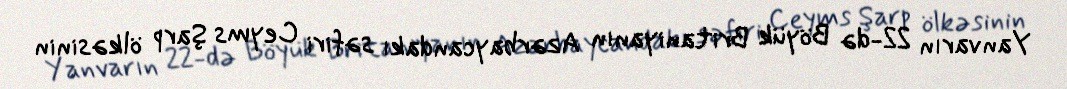
Yanvarın 22-də Böyük Britaniyanın Azərbaycandakı səfiri Ceyms Şarp ölkəsinin